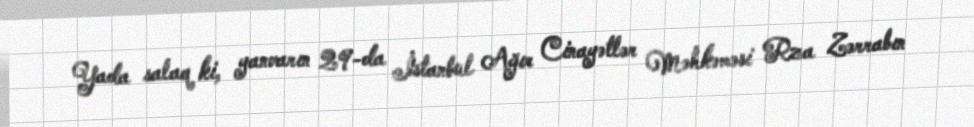
Yada salaq ki, yanvarın 29-da İstanbul Ağır Cinayətlər Məhkəməsi Rza Zərrabın